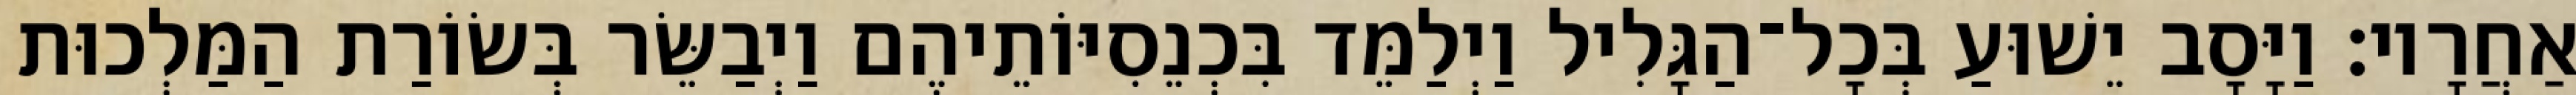
אַחֲרָיו׃ וַיָּסָב יֵשׁוּעַ בְּכָל־הַגָּלִיל וַיְלַמֵּד בִּכְנֵסִיּוֹתֵיהֶם וַיְבַשֵּׂר בְּשׂוֹרַת הַמַּלְכוּת